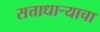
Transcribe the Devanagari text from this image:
सत्ताधार्‍याचा